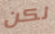
لكن